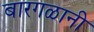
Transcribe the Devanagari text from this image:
बारगळानी